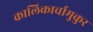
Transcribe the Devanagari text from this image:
कालिकार्चामुकुर